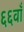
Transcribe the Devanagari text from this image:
६६वाँ